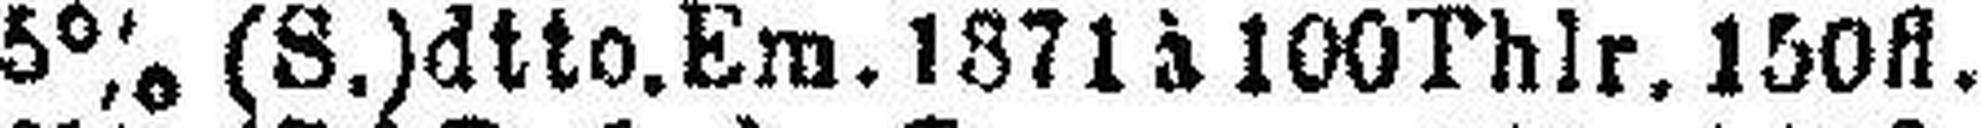
5% (S.) dtto. Em. 1371 à 100Thlr. 150fl.